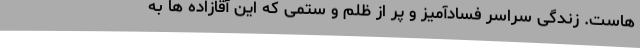
هاست. زندگی سراسر فسادآمیز و پر از ظلم و ستمی که این آقازاده ها به